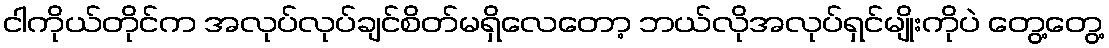
ငါကိုယ်တိုင်က အလုပ်လုပ်ချင်စိတ်မရှိလေတော့ ဘယ်လိုအလုပ်ရှင်မျိုးကိုပဲ တွေ့တွေ့